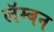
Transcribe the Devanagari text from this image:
लॅम्बन